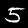
Label: 5